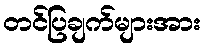
တင်ပြချက်များအား